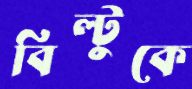
বিল্টুকে